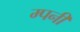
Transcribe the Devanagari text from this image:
म्पनी